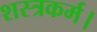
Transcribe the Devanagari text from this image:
शस्त्रकर्म।